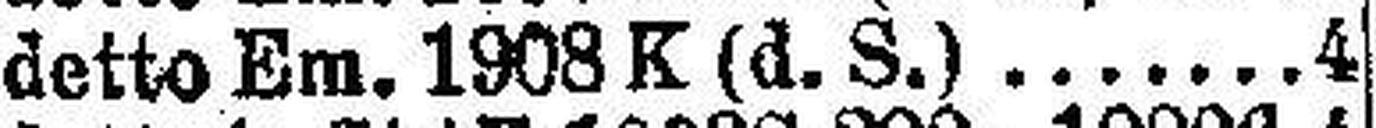
detto Ein. 1903 K (d. S.) 4